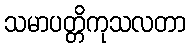
သမာပတ္တိကုသလတာ